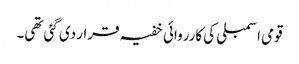
قومی اسمبلی کی کارروائی خفیہ قرار دی گئی تھی۔